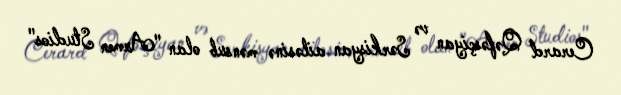
Cerard Qəfəsçiyan və Sərkisyan ailəsinə mənsub olan "Armen Studios"